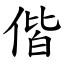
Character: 偕